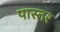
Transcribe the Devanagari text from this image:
पास्तर